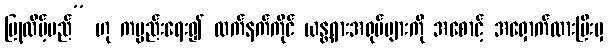
ပြုလိမ့်မည်” ဟု ကမ္ပည်းရေး၍ လက်နက်ကိုင် ယန္တရားအရုပ်များကို အစောင့် အရှောက်ထားပြီးမှ